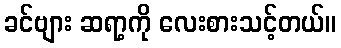
ခင်ဗျား ဆရာ့ကို လေးစားသင့်တယ်။